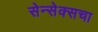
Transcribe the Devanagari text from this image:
सेन्सेक्सचा